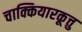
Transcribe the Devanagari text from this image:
चाक्कियारकूत्तु